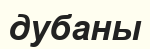
дубаны